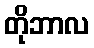
တိုဘာလ